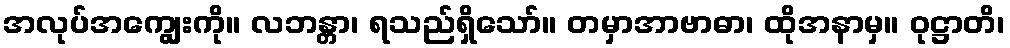
အလုပ်အကျွေးကို။ လဘန္တာ၊ ရသည်ရှိသော်။ တမှာအာဗာဓာ၊ ထိုအနာမှ။ ဝုဋ္ဌာတိ၊